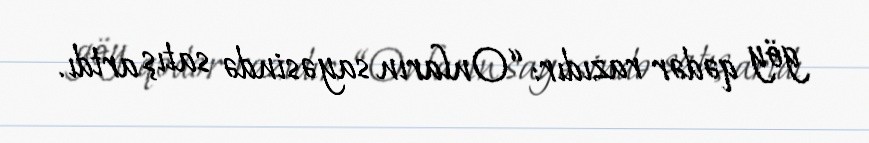
göy qədər razıdır: “Onların sayəsində satış artdı.